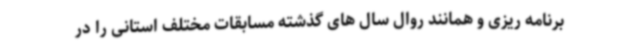
برنامه ریزی و همانند روال سال های گذشته مسابقات مختلف استانی را در